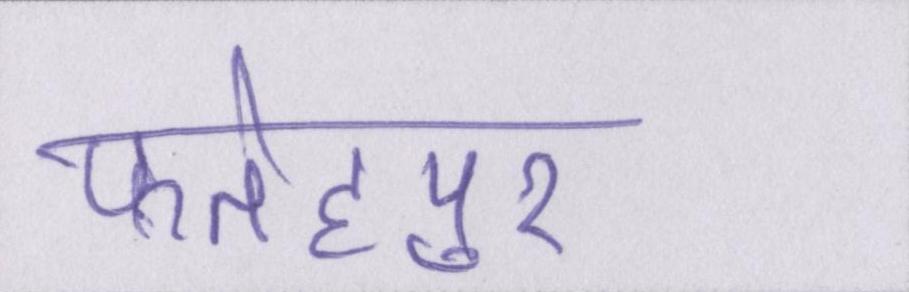
फतेहपुर